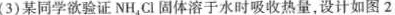
(3)某同学欲验证NH_{4}Cl固体溶于水时吸收热量，设计如图2